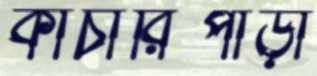
কাচারিপাড়া